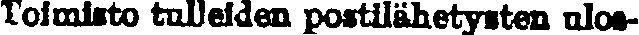
Toimisto tulleiden postilähetysten ulos-